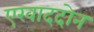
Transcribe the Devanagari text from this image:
एखाददोन